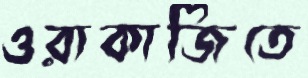
ওরাকাজিতে